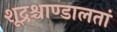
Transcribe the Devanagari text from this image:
शूद्रश्चाण्डालतां